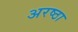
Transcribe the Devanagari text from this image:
अरष्ठा